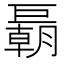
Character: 𢀭